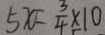
5 x = \frac { 3 } { 4 } \times 1 0